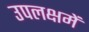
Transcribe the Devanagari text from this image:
उपलक्षमें